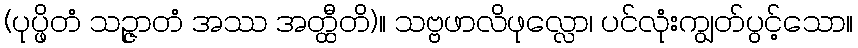
(ပုပ္ဖိတံ သဉ္ဇာတံ အဿ အတ္ထီတိ)။ သဗ္ဗဖာလိဖုလ္လော၊ ပင်လုံးကျွတ်ပွင့်သော။